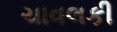
ચાવલકી